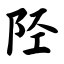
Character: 陉